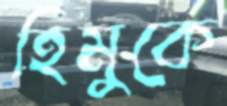
হিমুকে